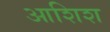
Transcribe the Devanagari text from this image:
आशिश